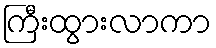
ကြီးထွားလာကာ